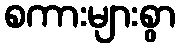
စကားများစွာ